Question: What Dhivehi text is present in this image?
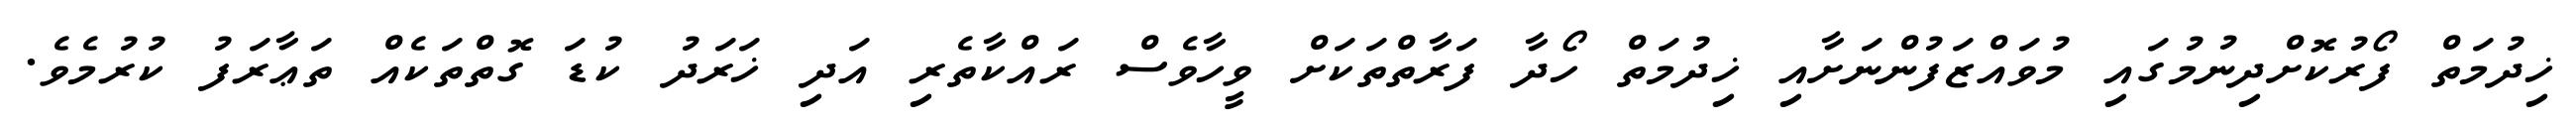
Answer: ޚިދުމަތް ފޯރުކޮށްދިނުމުގައި މުވައްޒަފުންނަށާއި ޚިދުމަތް ހޯދާ ފަރާތްތަކަށް ވީހާވެސް ރައްކާތެރި އަދި ޚަރަދު ކުޑަ ގޮތްތަކެއް ތަޢާރަފު ކުރުމެވެ.